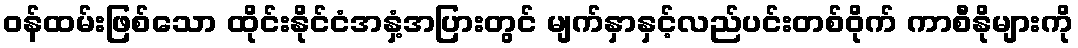
ဝန်ထမ်းဖြစ်သော ထိုင်းနိုင်ငံအနှံ့အပြားတွင် မျက်နှာနှင့်လည်ပင်းတစ်ဝိုက် ကာစီနိုများကို